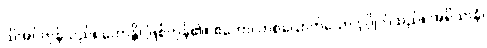
သိအပ်ကုန်သည်။ ဟောန္တိ၊ ဖြစ်ကုန်၏။ ဧကော၊ တစ်ယောက်သော ပုဂ္ဂိုလ်သည်။ အရိယာနံ၊